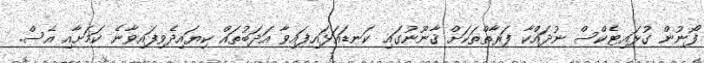
ފޯނުން ގުޅައިޓެކްސް ނުދައްކާ ފަރާތްތަކަށް ޤާނޫނުގައި ކަނޑައަޅައިފައިވާ އަދަބުތައް ކިޔައިދެވިފައިވާނެ ކަމަށާއި އެސް.